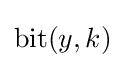
\mathrm {bit} (y,k)